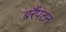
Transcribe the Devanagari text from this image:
बरैंपटन